Riigikantselei, lk 332
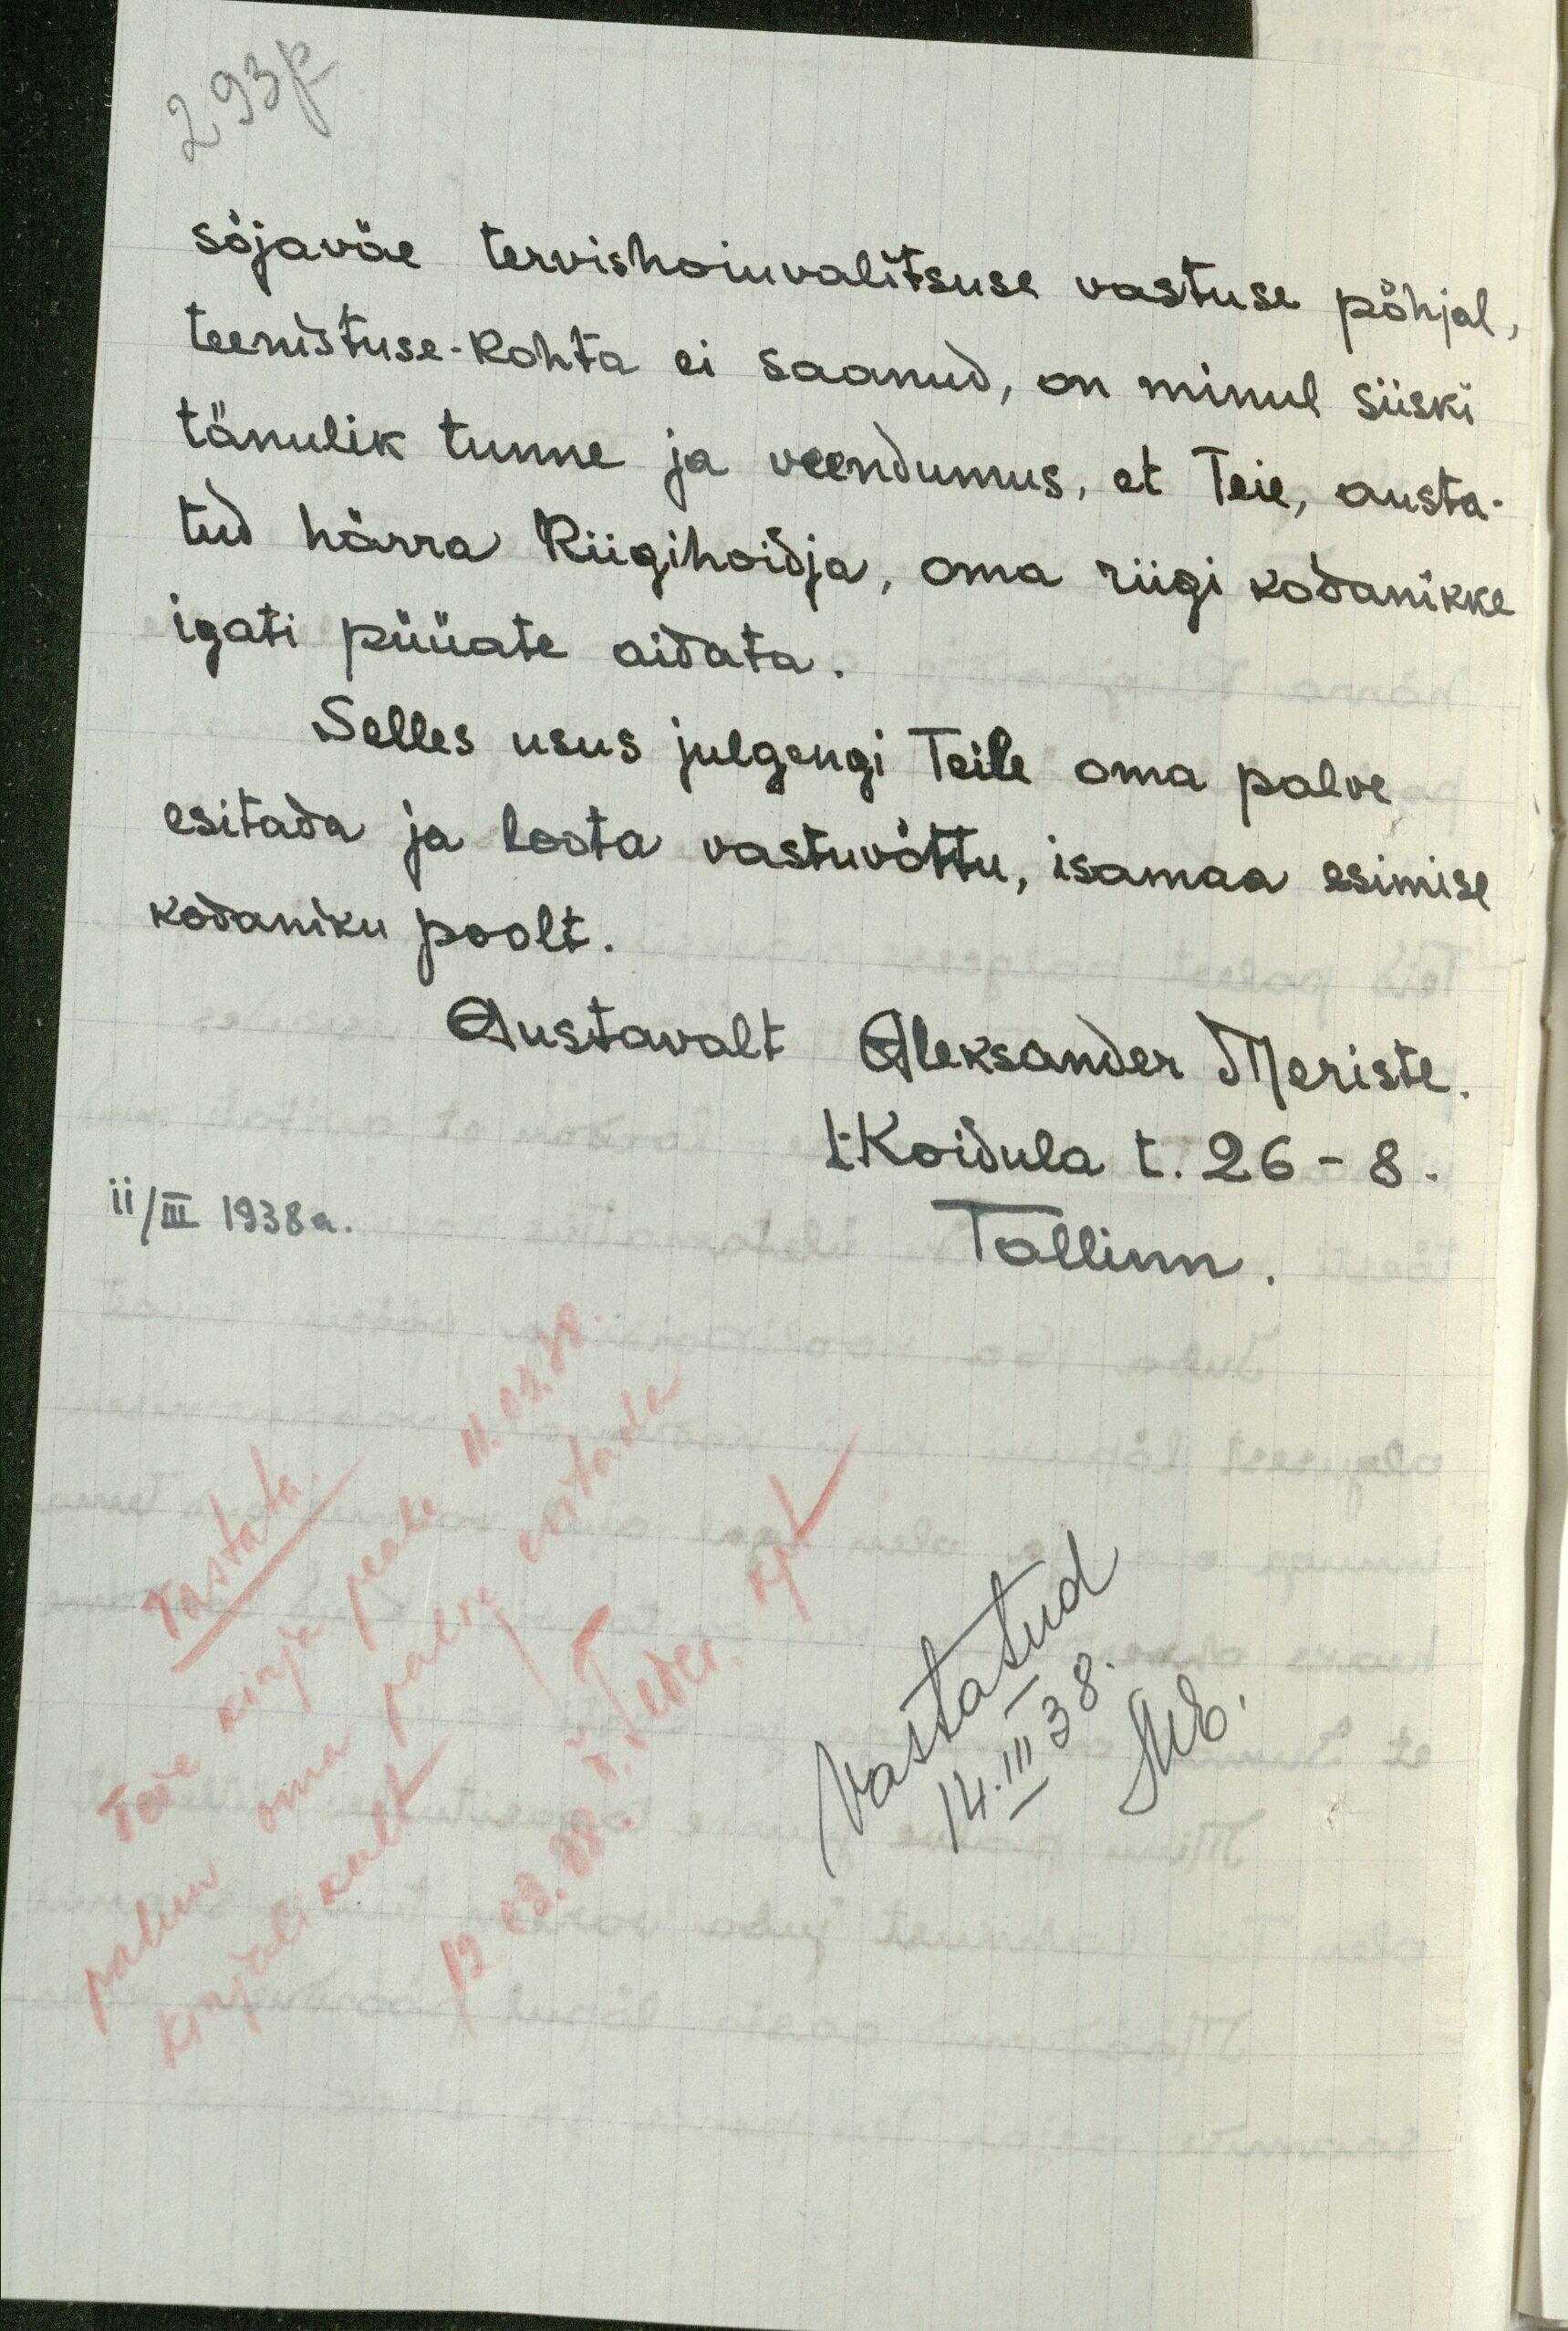
293 p
sõjaväe tervishoiuvalitsuse vastuse põhjal
teenistuse-kohta ei saanud, on minul siiski
tänulik tunne ja veendumus, et Teie, austa-
tud härra Riigihoidja, oma riigi kodanikke
igati püüate aidata.
Selles usus julgengi Teile oma palve
esitada ja loota vastuvõttu, isamaa esimise
kodaniku poolt.
Austavalt Aleksander Meriste.
L. Koidula t. 26 - 8
Tallinn
ii/III 1938 a.
Vastatud
14. III 38 Mb.